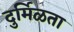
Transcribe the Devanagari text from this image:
दुर्मिळता